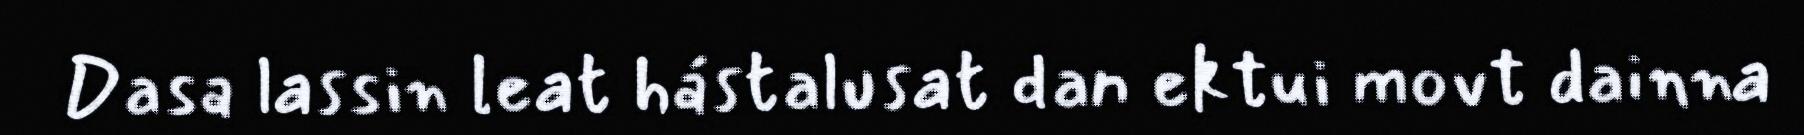
Dasa lassin leat hástalusat dan ektui movt dainna